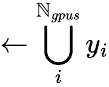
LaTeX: \gets\bigcup_{i}^{\mathbb{N}_{gpus}}y_{i}